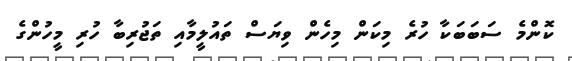
ކޮންމެ ސަބަބަކާ ހުރެ މިކަން މިހެން ވިޔަސް ތައުލީމާއި ތަޖުރިބާ ހުރި މީހުންގެ